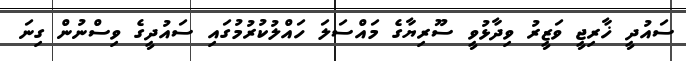
ސައުދީ ޚާރިޖީ ވަޒީރު ވިދާޅުވީ ސޫރިޔާގެ މައްސަލަ ހައްލުކުރުމުގައި ސައުދީގެ ވިސްނުން ގިނަ